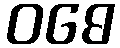
ဝဓေ